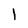
Character: 1